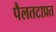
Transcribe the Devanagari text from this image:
पैलतटाप्रत